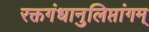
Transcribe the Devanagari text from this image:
रक्तगंधानुलिप्तांगम्